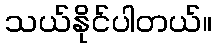
သယ်နိုင်ပါတယ်။